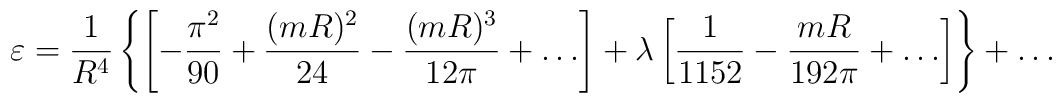
\varepsilon=\frac{1}{R^4}\left\{\left[-\frac{\pi^2}{90}+\frac{(mR)^2}{24}-\frac{(mR)^3}{12\pi}+\ldots\right]+\lambda\left[\frac{1}{1152}-\frac{mR}{192\pi}+\ldots\right]\right\}+\ldots